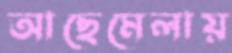
আছেমেলায়